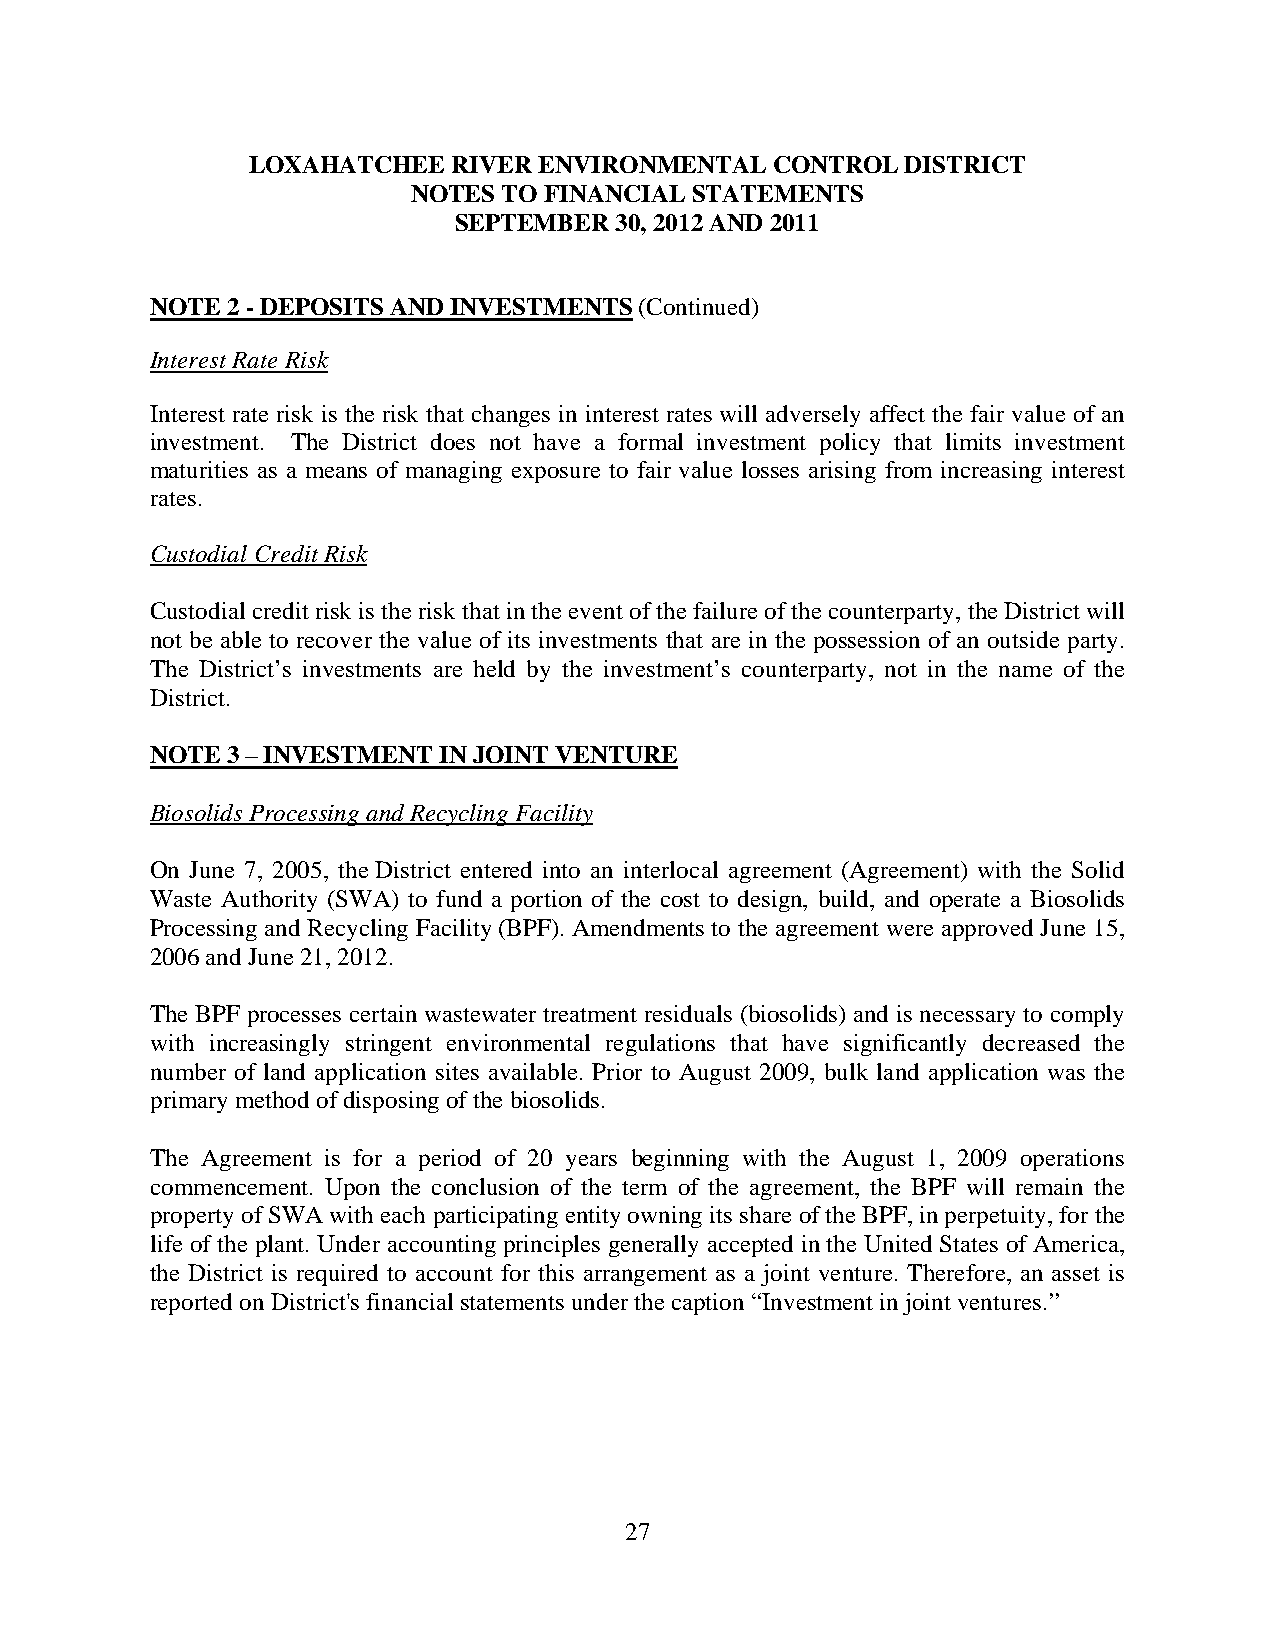
LOXAHATCHEE   RIVER ENVIRONMENTAL  CONTROL  DISTRICT
 NOTES TO FINANCIAL STATEMENTS
 SEPTEMBER  30, 2012 AND 2011
 NOTE 2 - DEPOSITS AND INVESTMENTS (Continued)
 Interest Rate Risk
 Interest rate risk is the risk that changes in interest rates will adversely affect the fair value of an
 investment. The District does not have a formal investment policy that limits investment
 maturities as a means of managing exposure to fair value losses arising from increasing interest
 rates.
 Custodial Credit Risk
 Custodial credit risk is the risk that in the event of the failure of the counterparty, the District will
 not be able to recover the value of its investments that are in the possession of an outside party.
 The District’s investments are held by the investment’s counterparty, not in the name of the
 District.
 NOTE 3 – INVESTMENT IN JOINT VENTURE
 Biosolids Processing and Recycling Facility
 On June 7, 2005, the District entered into an interlocal agreement (Agreement) with the Solid
 Waste Authority (SWA) to fund a portion of the cost to design, build, and operate a Biosolids
 Processing and Recycling Facility (BPF). Amendments to the agreement were approved June 15,
 2006 and June 21, 2012.
 The BPF processes certain wastewater treatment residuals (biosolids) and is necessary to comply
 with increasingly stringent environmental regulations that have significantly decreased the
 number of land application sites available. Prior to August 2009, bulk land application was the
 primary method of disposing of the biosolids.
 The Agreement is for a period of 20 years beginning with the August 1, 2009 operations
 commencement. Upon the conclusion of the term of the agreement, the BPF will remain the
 property of SWA with each participating entity owning its share of the BPF, in perpetuity, for the
 life of the plant. Under accounting principles generally accepted in the United States of America,
 the District is required to account for this arrangement as a joint venture. Therefore, an asset is
 reported on District's financial statements under the caption “Investment in joint ventures.”
 27